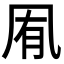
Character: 𭂱